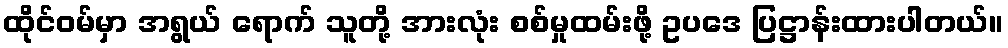
ထိုင်ဝမ်မှာ အရွယ် ရောက် သူတို့ အားလုံး စစ်မှုထမ်းဖို့ ဥပဒေ ပြဋ္ဌာန်းထားပါတယ်။